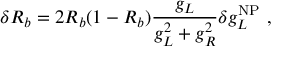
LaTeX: \delta R _ { b } = 2 R _ { b } ( 1 - R _ { b } ) \frac { g _ { L } } { g _ { L } ^ { 2 } + g _ { R } ^ { 2 } } \delta g _ { L } ^ { \mathrm { N P } } ~ ,